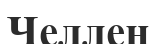
Челлен